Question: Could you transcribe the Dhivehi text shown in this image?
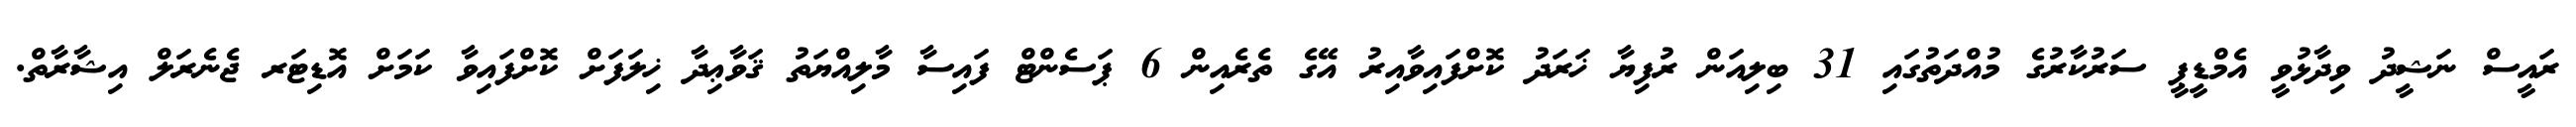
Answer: ރައީސް ނަޝީދު ވިދާޅުވީ އެމްޑީޕީ ސަރުކާރުގެ މުއްދަތުގައި 31 ބިލިއަން ރުފިޔާ ޚަރަދު ކޮށްފައިވާއިރު އޭގެ ތެރެއިން 6 ޕަސެންޓް ފައިސާ މާލިއްޔަތު ޤަވާޢިދާ ޚިލަފަށް ކޮށްފައިވާ ކަމަށް އޮޑިޓަރ ޖެނެރަލް އިޝާރާތް.